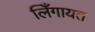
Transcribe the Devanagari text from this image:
लिँगायत